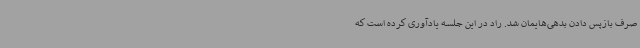
صرف بازپس دادن بدهی‌هایمان شد. راد در این جلسه یادآوری کرده است که